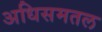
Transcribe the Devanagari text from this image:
अधिसमतल